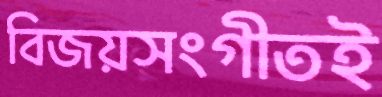
বিজয়সংগীতই